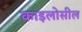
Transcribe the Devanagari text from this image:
काइलोसील